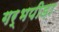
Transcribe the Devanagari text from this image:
गर्भपीड़ा